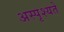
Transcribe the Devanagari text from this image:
अस्पृश्यते